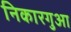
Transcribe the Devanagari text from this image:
निकारगुआ